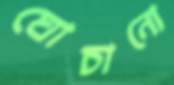
ঘোচানো